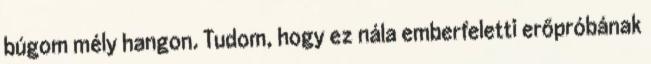
búgom mély hangon. Tudom, hogy ez nála emberfeletti erőpróbának